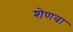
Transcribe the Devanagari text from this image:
शेणवा